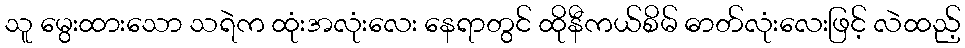
သူ မွေးထားသော သရဲက ထုံးအလုံးလေး နေရာတွင် ထိုနီကယ်စိမ် ဓာတ်လုံးလေးဖြင့် လဲထည့်